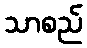
သာစည်